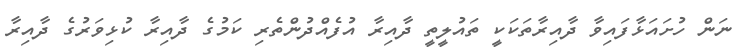
ނަން ހުށައަޅާފައިވާ ދާއިރާތަކަކީ ތައުލީތީ ދާއިރާ އުފެއްދުންތެރި ކަމުގެ ދާއިރާ ކުޅިވަރުގެ ދާއިރާ